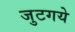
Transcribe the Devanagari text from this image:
जुटगये